Annual administration report of the Civil Veterinary Department of India - 1898-1899
Year: 1898
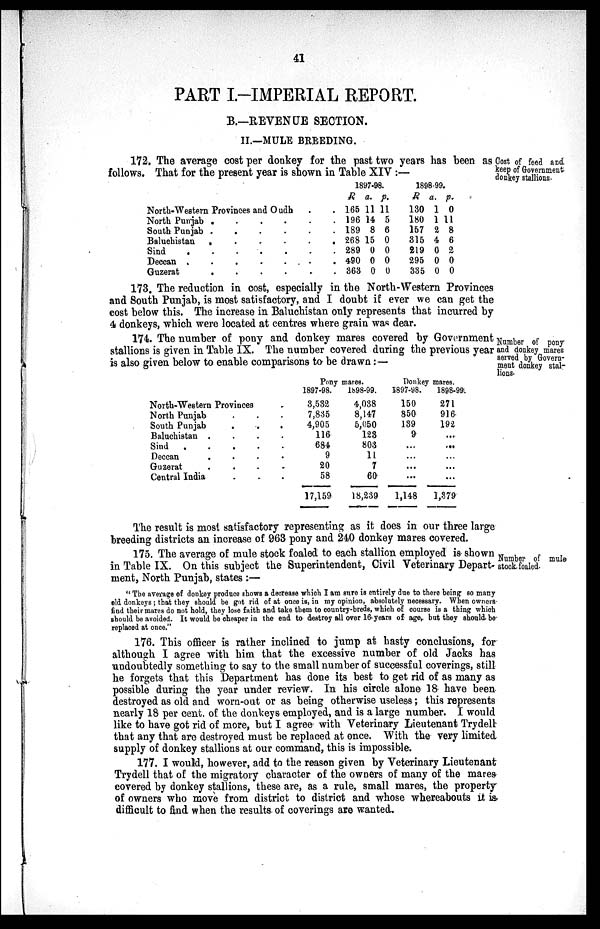
41
PART I.-IMPERIAL REPORT.
B.—REVENUE SECTION.
II.—MULE BREEDING.
Cost of feed and
keep of Government
donkey stallions.
172. The average cost per donkey for the past two years has been as
follows. That for the present year is shown in Table XIV:—
North-Western Provinces and
Oudh.
North Punjab
.
..
.
..
South Punjab .
.
.
..
Baluchistan
.
..
.
. .
Sind
.
.
..
.
..
Deccan
.
.
..
.
..
Guzerat
.
..
.
..
1897-98.
R
165
196
189
268
289
490
363
a.
11
14
8
15
0
0
0
p.
11
5
6
0
0
0
0
1898-99.
R
130
180
157
315
219
295
335
a.
1
1
2
4
0
0
0
p.
0
11
8
6
2
0
0
173. The reduction in cost, especially in the North-Western Provinces
and South Punjab, is most satisfactory, and I doubt if ever we can get the
cost below this. The increase in Baluchistan only represents that incurred by
4 donkeys, which were located at centres where grain was dear.
Number of pony
and donkey mares
served by Govern-
ment donkey stal-
lions.
174. The number of pony and donkey mares covered by Government
stallions is given in Table IX. The number covered during the previous year
is also given below to enable comparisons to be drawn:—
North-Western Provinces .
North Punjab. . .
South Punjab . . .
Baluchistan . . . .
Sind
.
.
.
Deccan . . . .
Guzerat . . . .
Central India. . .
Pony
mares.
1897-98.
3,532
7,835
4,905
116
684
9
20
58
17,159
1898-99.
4,038
8,147
5,050
123
803
11
7
60
18,239
Donkey
mares.
1897-98.
150
850
139
9
...
...
...
...
1,148
1898-99.
271
916
192
...
...
...
...
...
1,379
The result is most satisfactory representing as it does in our three large
breeding districts an increase of 963 pony and 240 donkey mares covered.
Number of mule
stock foaled.
175. The average of mule stock foaled to each stallion employed is shown
in Table IX. On this subject the Superintendent, Civil Veterinary Depart-
ment, North Punjab, states:—
"The average of donkey produce shows a decrease which I am sure is entirely due to there being so many
old donkeys; that they should be got rid of at once is, in my opinion, absolutely necessary. When owners
find their mares do not hold, they lose faith and take them to country-breds, which of course is a thing which
should be avoided. It would be cheaper in the end to destroy all over 16 years of age, but they should be
replaced at once."
176. This officer is rather inclined to jump at hasty conclusions, for
although I agree with him that the excessive number of old Jacks has
undoubtedly something to say to the small number of successful coverings, still
he forgets that this Department has done its best to get rid of as many as
possible during the year under review. In his circle alone 18 have been
destroyed as old and worn-out or as being otherwise useless; this represents
nearly 18 per cent. of the donkeys employed, and is a large number. I would
like to have got rid of more, but I agree with Veterinary Lieutenant Trydell
that any that are destroyed must be replaced at once. With the very limited
supply of donkey stallions at our command, this is impossible.
177. I would, however, add to the reason given by Veterinary Lieutenant
Trydell that of the migratory character of the owners of many of the mares
covered by donkey stallions, these are, as a rule, small mares, the property
of owners who move from district to district and whose whereabouts it is
difficult to find when the results of coverings are wanted.